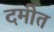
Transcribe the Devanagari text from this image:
दमीत